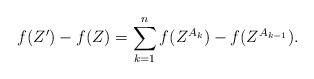
LaTeX: \begin{align*}f(Z') - f(Z) = \sum_{k=1}^n f(Z^{A_{k}}) - f(Z^{A_{k-1}}).\end{align*}